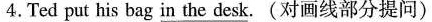
4.Ted put his bag \underline{n the desk}。(对画线部分提问)